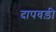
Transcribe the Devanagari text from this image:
दापवड़ी